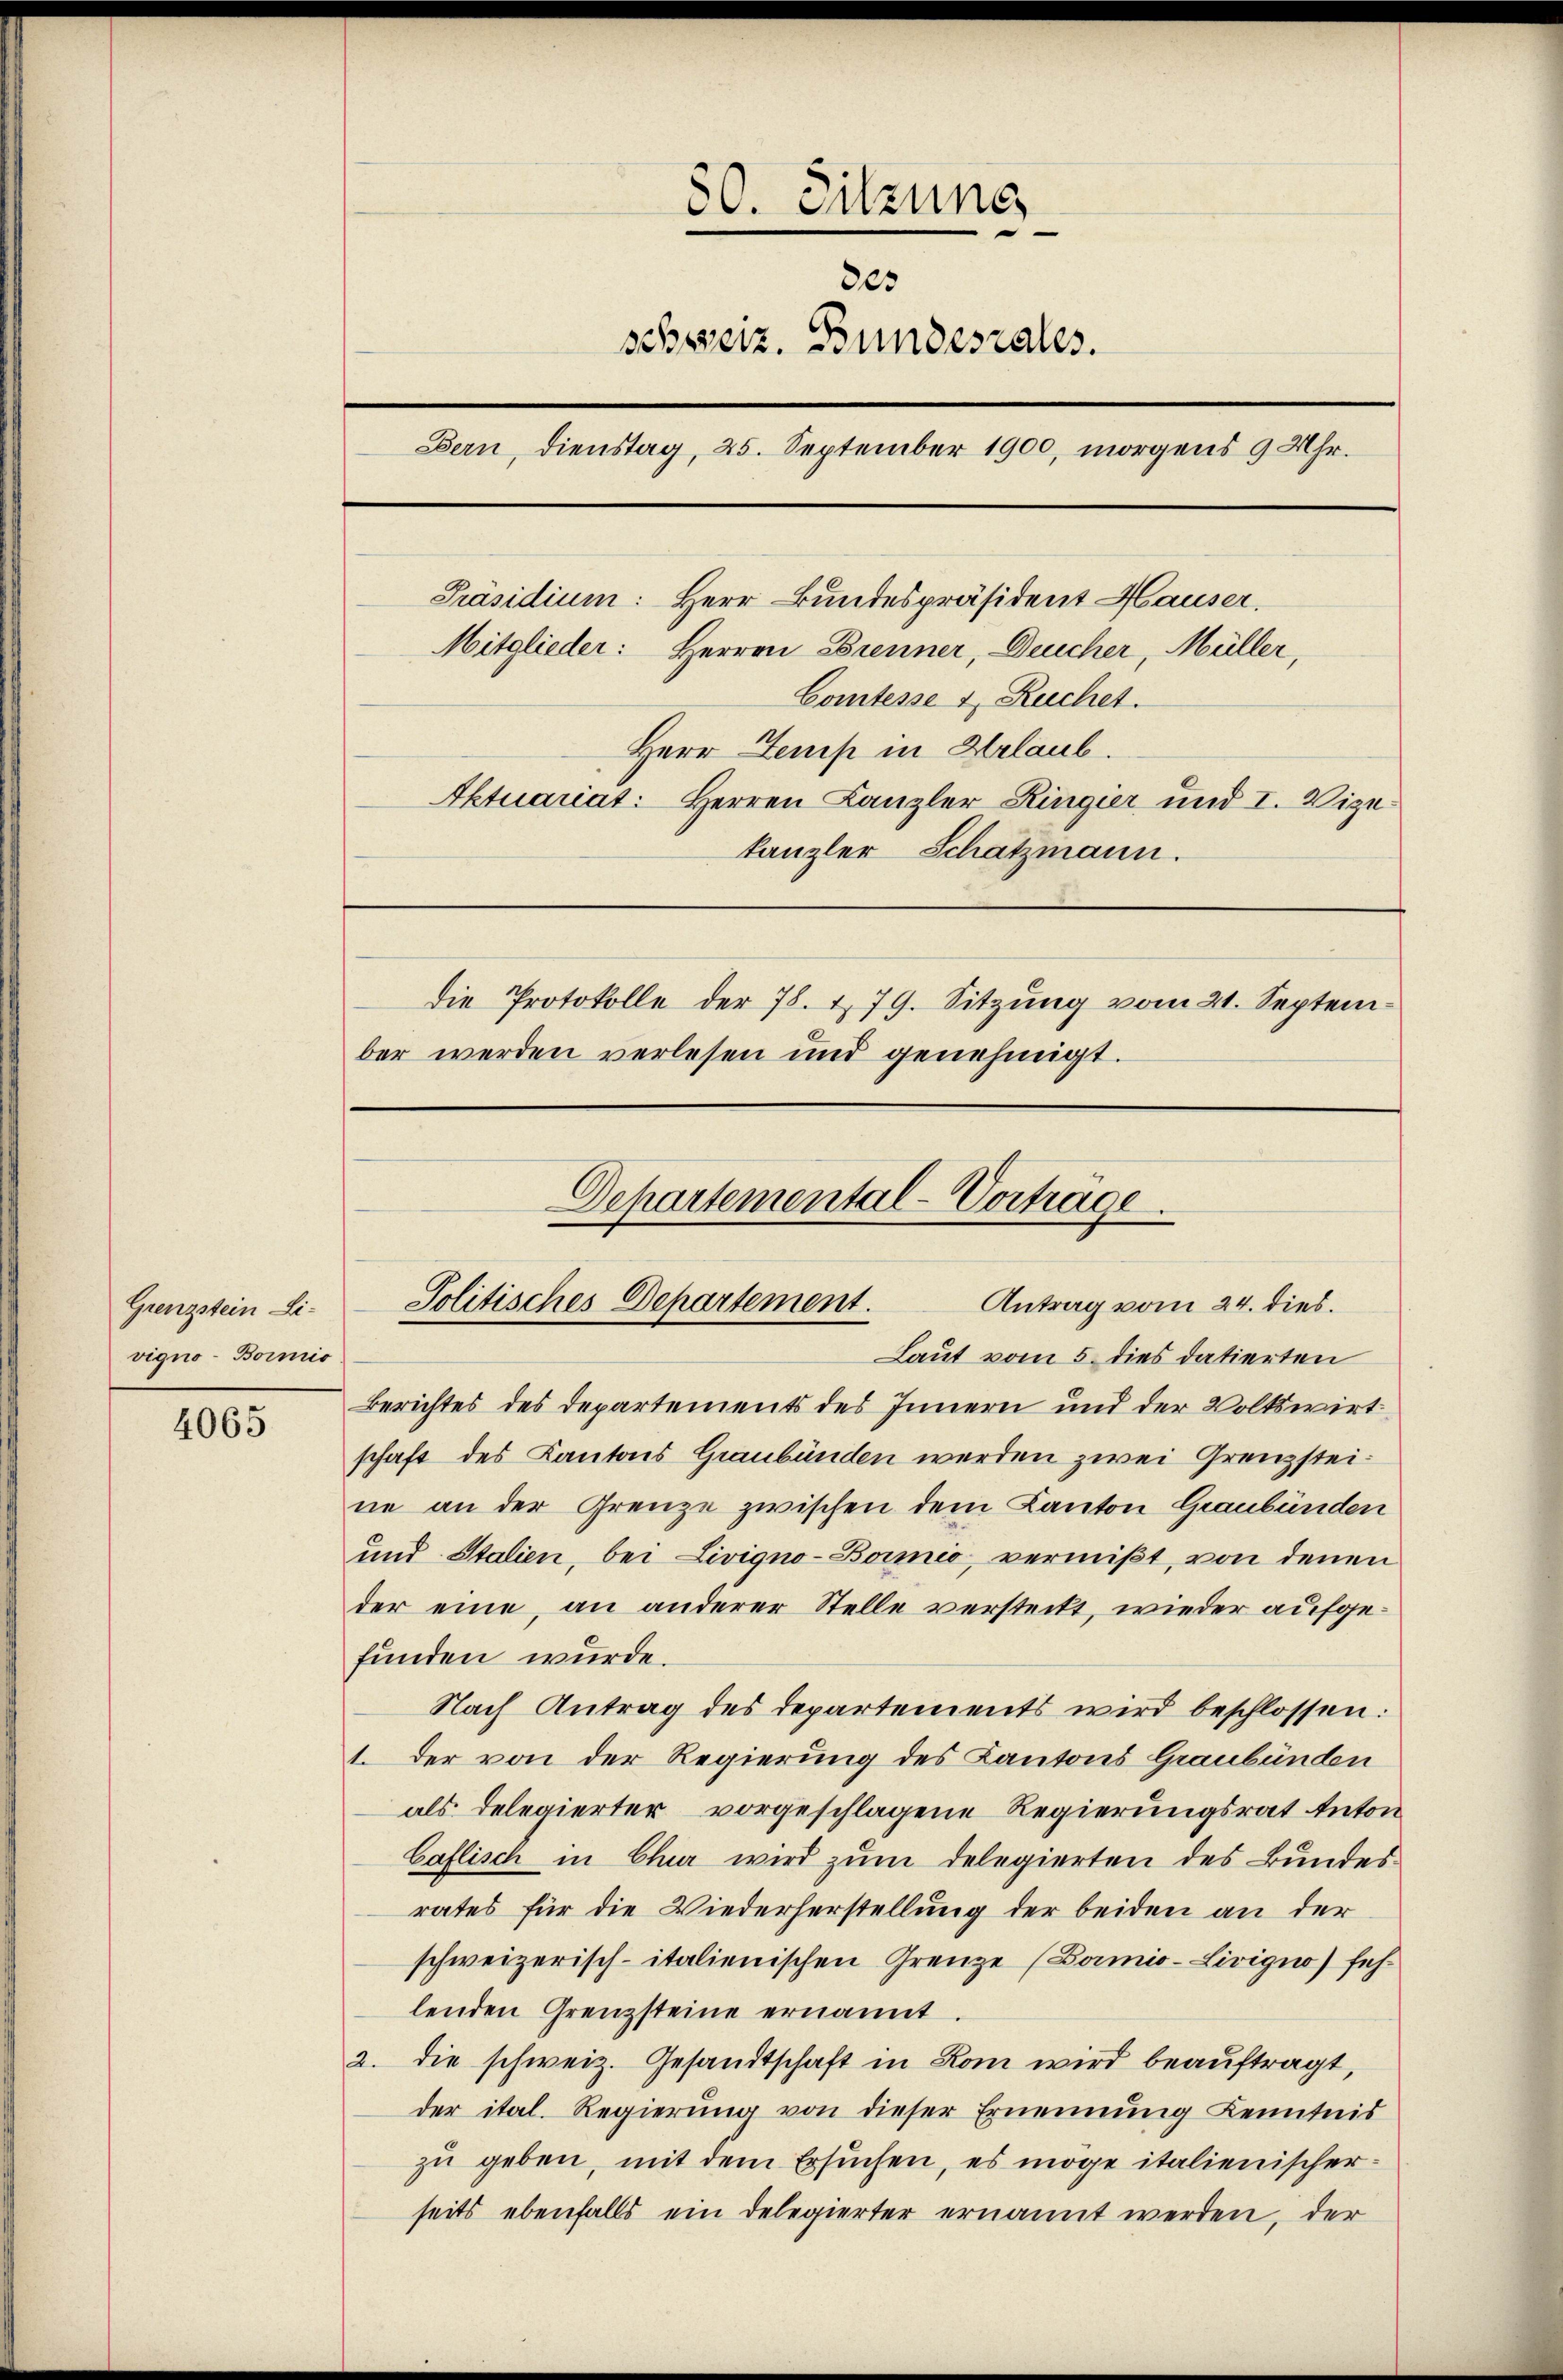
Grenzstein Livigno-Boimio

4065

80. Sitzung
des
schweiz. Bundesrates.
Bern, dienstag, 25. September 1900, morgens 9 Uhr.
Präsidium: Herr Bundespräsident Hauser.
Mitglieder: Herren Brenner, Deucher, Müller,
Comtesse & Ruchet.
Herr Temp in Urlaub
Aktuariat: Herren Kanzler-Ringier und I. Vizekanzler Schatzmann.
die Protokolle der 78. 179. Sitzŭng vom 21. Septem
ber werden verlesen und genehmigt.

Departemental-Vortrage
Politisches Departement.
Antrag vom 24. dies.
Laut vom 5. dies datierten

Berichtes des Departements des Innern und der Volkswirt
schaft des Kantons Graubünden werden zwei Grenzsteine an der Grenze zwischen dem Kanton Graubünden
und Stalien, bei Livigno-Boimić, vermißt, von denen
der eine, an anderer Stelle versteckt, wieder aufgefunden wurde.
Nach Antrag des Departements wird beschlossen:
1. Der von der Regierung des Kantons Graubünden
als Delegierter vorgeschlagene Regierungsrat Anton
Caflisch in Chur wird zŭm delegierten des Bundes-
rates für die Wiederherstellung der beiden an der
schweizerisch-italienischen Grenze (Bomio-Livigno feh
lenden Grenzsteine ernannt
2. die schweiz. Gesandtschaft in Rom wird beauftragt,
der ital. Regierŭng von dieser Ernennung Kenntnis
zu geben, mit dem Ersuchen, es möge italienischerseits ebenfalls ein Delegierter ernannt werden, der